Note on the mental hospitals in Burma - 1925-1940
Year: 1925
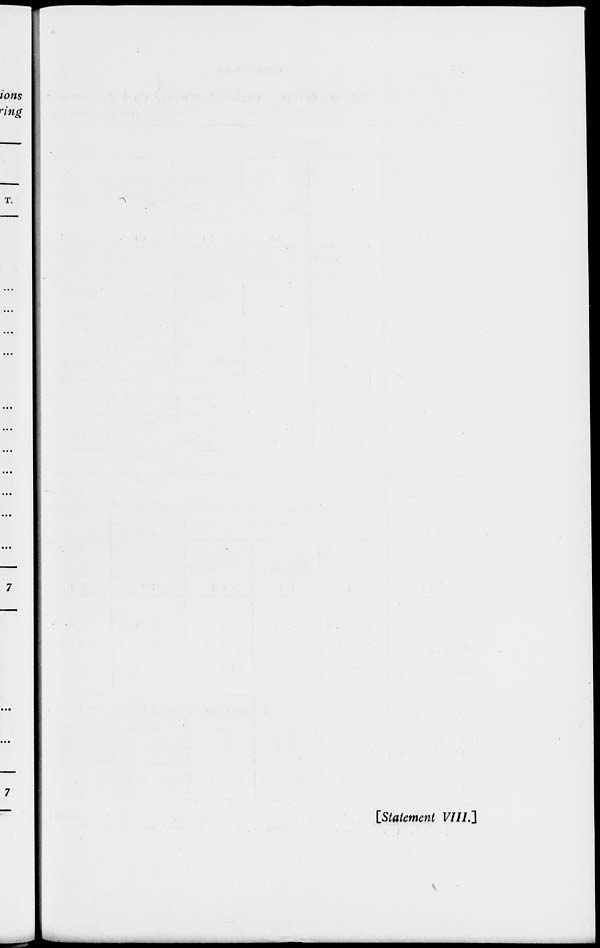
[Statement VIII.]